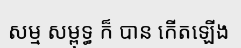
សម្ម សម្ពុទ្ធ ក៏ បាន កើតឡើង